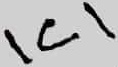
Text: IC1